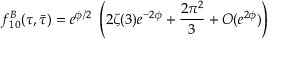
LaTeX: f _ { 1 0 } ^ { B } ( \tau , \bar { \tau } ) = e ^ { \phi / 2 } ~ \left( 2 \zeta ( 3 ) e ^ { - 2 \phi } + \frac { 2 \pi ^ { 2 } } { 3 } + O ( e ^ { 2 \phi } ) \right)